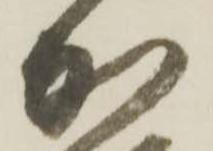
加